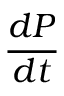
\frac { d P } { d t }